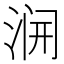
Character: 𱦭